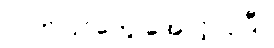
လက်ပြင်တွေ အောင့်လှပြီ။